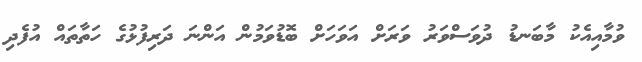
ވުމާއިއެކު މާބަނޑު ދުވަސްވަރު ވަރަށް އަވަހަށް ބޮޑުވަމުން އަންނަ ދަރިފުޅުގެ ހަތާތައް އުފެދި